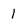
Character: 1